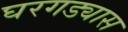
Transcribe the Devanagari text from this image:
घरगड्यास